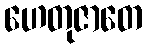
ဟေတုဇာတေ